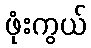
ဖုံးကွယ်